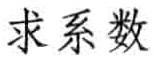
求系数